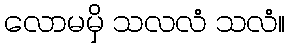
လောမမှိ သလလံ သလံ။